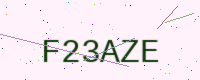
Text: F23AZE